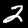
Label: 2